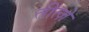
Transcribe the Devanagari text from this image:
तीत्ज़े